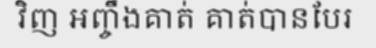
វិញ អញ្ចឹងគាត់ គាត់បានបែរ